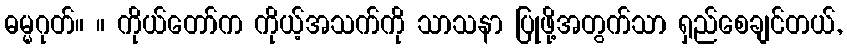
ဓမ္မဂုတ်။ ။ ကိုယ်တော်က ကိုယ့်အသက်ကို သာသနာ ပြုဖို့အတွက်သာ ရှည်စေချင်တယ်,